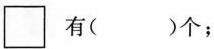
□有( )个；